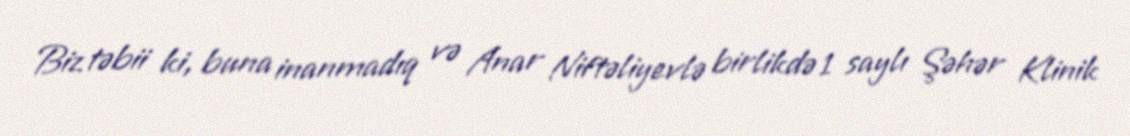
Biz təbii ki, buna inanmadıq və Anar Niftəliyevlə birlikdə 1 saylı Şəhər Klinik